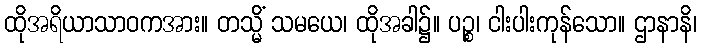
ထိုအရိယာသာဝကအား။ တသ္မိံ သမယေ၊ ထိုအခါ၌။ ပဉ္စ၊ ငါးပါးကုန်သော။ ဌာနာနိ၊